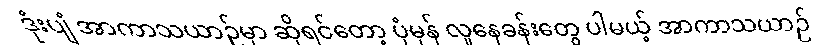
ဒုံးပျံ အာကာသယာဉ်မှာ ဆိုရင်တော့ ပုံမှန် လူနေခန်းတွေ ပါမယ့် အာကာသယာဉ်